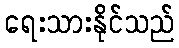
ရေးသားနိုင်သည်